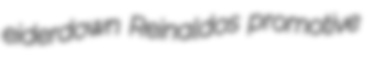
eiderdown Reinaldos promotive